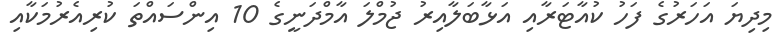
މިދިޔަ އަހަރުގެ ފަހު ކުއާޓަރާއި އަޅާބަލާއިރު ޖުމްލަ އާމްދަނީގެ 10 އިންސައްތަ ކުރިއެރުމަކާއި